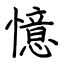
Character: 憶